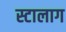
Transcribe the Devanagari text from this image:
स्टालाग